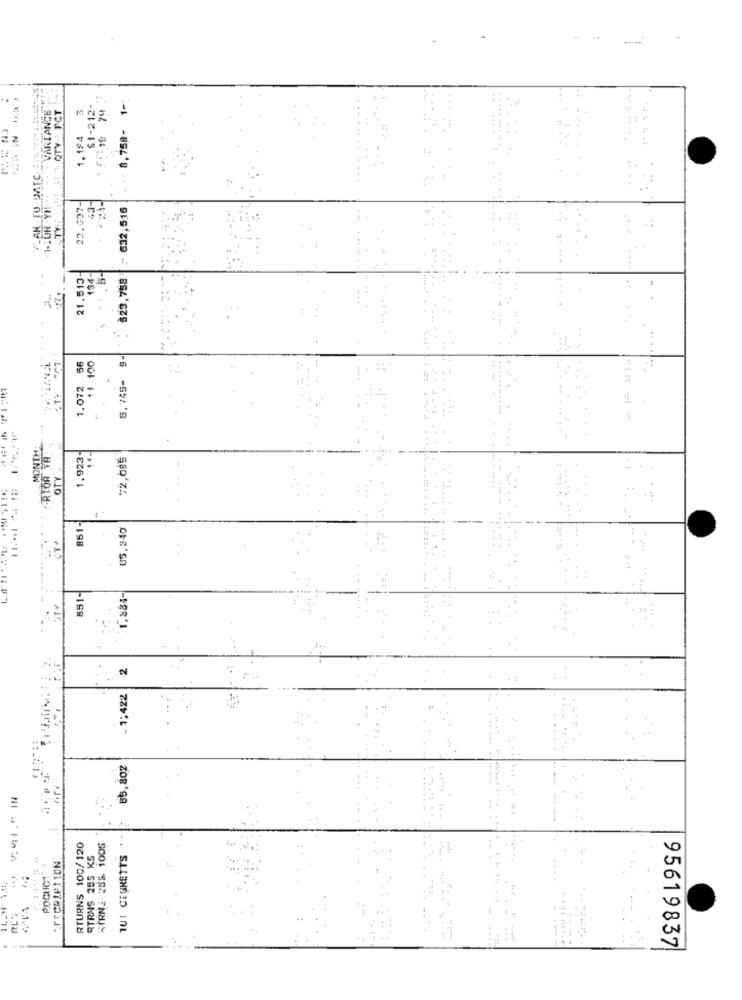
55 19 79 3
8,758- 1-
VARIANCE
. QTY : PCT
... $1-212-
IT IN
1.194
22.097-
43-
$23,758 ~ 632,516
21.513-
134-
an
9-
56
1 100
6,745-
1.072
RION VR
MONTH
1.923-
72,085
OTY
851-
65,340
4
851-
1,884-
2
-1:422
65,802
-
RTURNS 100/120
KIRME- 255. 1005
*FECRIPTION
RTRNS 255 KS
TU: CEGRETTS
95619837